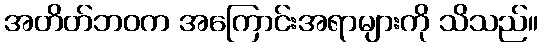
အတိတ်ဘဝက အကြောင်းအရာများကို သိသည်။